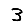
Digit: 3